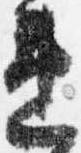
違